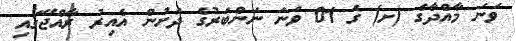
ވަނަ މާއްދާގެ (ށ) ގެ 01 ވަނަ ނަންބަރުގެ ދަށުން އެއިރު ރާއްޖޭގައި